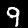
Digit: 9